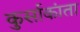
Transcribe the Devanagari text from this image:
कुर्साकांता